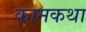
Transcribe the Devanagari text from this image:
कामकथा